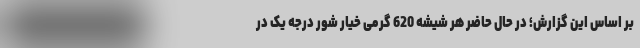
بر اساس این گزارش؛ در حال حاضر هر شیشه 620 گرمی خیار شور درجه یک در